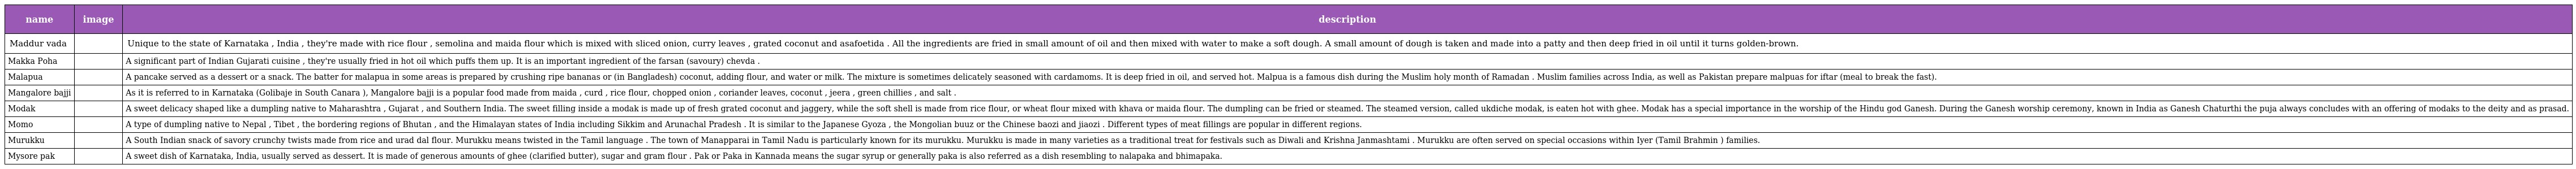
| name | image | description |
 | --- | --- | --- |
 | Maddur vada |  | Unique to the state of Karnataka , India , they're made with rice flour , semolina and maida flour which is mixed with sliced onion, curry leaves , grated coconut and asafoetida . All the ingredients are fried in small amount of oil and then mixed with water to make a soft dough. A small amount of dough is taken and made into a patty and then deep fried in oil until it turns golden-brown. |
 | Makka Poha |  | A significant part of Indian Gujarati cuisine , they're usually fried in hot oil which puffs them up. It is an important ingredient of the farsan (savoury) chevda . |
 | Malapua |  | A pancake served as a dessert or a snack. The batter for malapua in some areas is prepared by crushing ripe bananas or (in Bangladesh) coconut, adding flour, and water or milk. The mixture is sometimes delicately seasoned with cardamoms. It is deep fried in oil, and served hot. Malpua is a famous dish during the Muslim holy month of Ramadan . Muslim families across India, as well as Pakistan prepare malpuas for iftar (meal to break the fast). |
 | Mangalore bajji |  | As it is referred to in Karnataka (Golibaje in South Canara ), Mangalore bajji is a popular food made from maida , curd , rice flour, chopped onion , coriander leaves, coconut , jeera , green chillies , and salt . |
 | Modak |  | A sweet delicacy shaped like a dumpling native to Maharashtra , Gujarat , and Southern India. The sweet filling inside a modak is made up of fresh grated coconut and jaggery, while the soft shell is made from rice flour, or wheat flour mixed with khava or maida flour. The dumpling can be fried or steamed. The steamed version, called ukdiche modak, is eaten hot with ghee. Modak has a special importance in the worship of the Hindu god Ganesh. During the Ganesh worship ceremony, known in India as Ganesh Chaturthi the puja always concludes with an offering of modaks to the deity and as prasad. |
 | Momo |  | A type of dumpling native to Nepal , Tibet , the bordering regions of Bhutan , and the Himalayan states of India including Sikkim and Arunachal Pradesh . It is similar to the Japanese Gyoza , the Mongolian buuz or the Chinese baozi and jiaozi . Different types of meat fillings are popular in different regions. |
 | Murukku |  | A South Indian snack of savory crunchy twists made from rice and urad dal flour. Murukku means twisted in the Tamil language . The town of Manapparai in Tamil Nadu is particularly known for its murukku. Murukku is made in many varieties as a traditional treat for festivals such as Diwali and Krishna Janmashtami . Murukku are often served on special occasions within Iyer (Tamil Brahmin ) families. |
 | Mysore pak |  | A sweet dish of Karnataka, India, usually served as dessert. It is made of generous amounts of ghee (clarified butter), sugar and gram flour . Pak or Paka in Kannada means the sugar syrup or generally paka is also referred as a dish resembling to nalapaka and bhimapaka. |